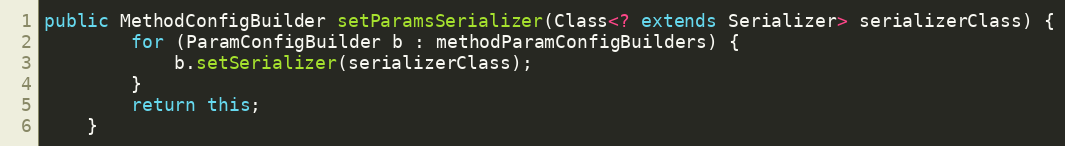
Language: Java
public MethodConfigBuilder setParamsSerializer(Class<? extends Serializer> serializerClass) {
        for (ParamConfigBuilder b : methodParamConfigBuilders) {
            b.setSerializer(serializerClass);
        }
        return this;
    }